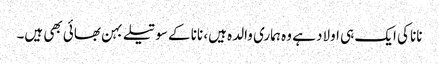
نانا کی ایک ہی اولاد ہے وہ ہماری والدہ ہیں، نانا کے سوتیلے بہن بھائی بھی ہیں۔